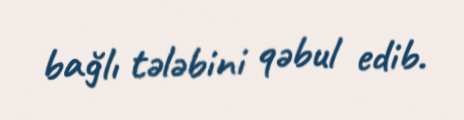
bağlı tələbini qəbul edib.